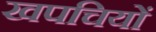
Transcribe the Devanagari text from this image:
खपचियों